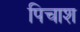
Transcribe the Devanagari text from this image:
पिचाश